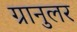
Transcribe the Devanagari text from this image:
ग्रानुलर